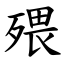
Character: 㱬